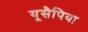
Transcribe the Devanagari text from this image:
यूसैपिया